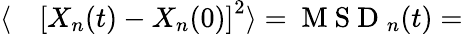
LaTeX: \begin{array}{rl}{\langle}&{{}\left[X_{n}(t)-X_{n}(0)\right]^{2}\rangle=\mathrm{~M~S~D~}_{n}(t)=}\end{array}